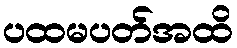
ပထမပတ်အထိ